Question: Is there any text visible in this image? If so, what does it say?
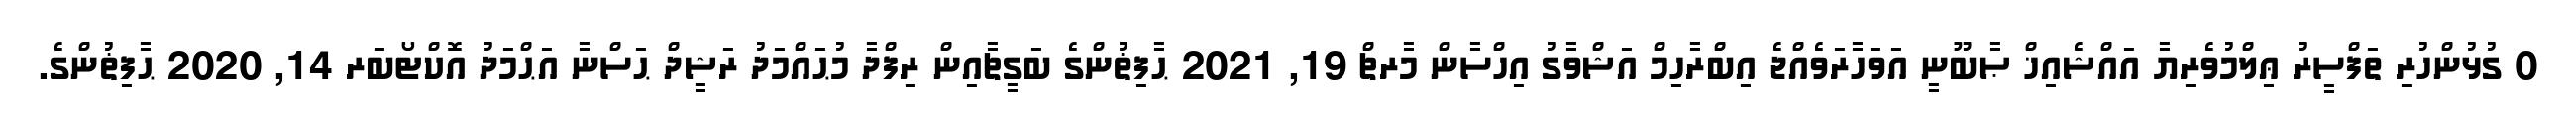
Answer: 0 ގުޅުންހުރި ތަފްސީރު ޢިލްމުވެރިޔާ އައްޝެއިޚް ޞާބޫނީ އަވަހާރަވެއްޖެ އިބްރާހިމް އަޝްވާގު އިހްސާން މާރޗް 19, 2021 ޙާފިޡުންގެ ބަގީޗާއިން ރިފްދާ މުޙައްމަދު ރަޝީދް ޙަސްނާ އަޙްމަދު އޮކްޓޯބަރ 14, 2020 ޙާފިޡުންގެ.